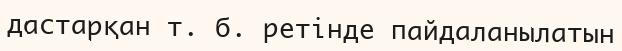
дастарқан т. б. ретінде пайдаланылатын